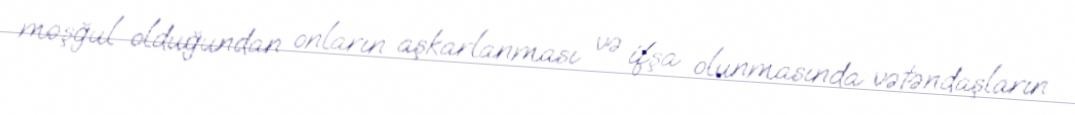
məşğul olduğundan onların aşkarlanması və ifşa olunmasında vətəndaşların